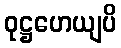
ဝုဋ္ဌဟေယျပိ